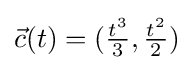
{\vec {c}}(t)=({\tfrac {t^{3}}{3}},{\tfrac {t^{2}}{2}})